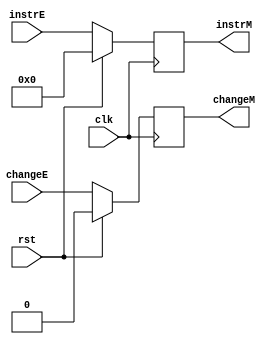
`timescale 1ns / 1ps
//////////////////////////////////////////////////////////////////////////////////
// Company: 
// Engineer: 
// 
// Design Name: 
// Module Name:    mcM 
// Project Name: 
// Target Devices: 
// Tool versions: 
// Description: 
//
// Dependencies: 
//
// Revision: 
// Revision 0.01 - File Created
// Additional Comments: 
//
//////////////////////////////////////////////////////////////////////////////////
module mcM(
    input [31:0] instrE,
	 input changeE,
    input clk,
	 input rst,
    output [31:0] instrM,
	 output changeM
    );
	 
	 reg[31:0] instr = 0;
	 reg change = 0;
	 
	 assign instrM = instr;
	 assign changeM = change;
	 
	 always@(posedge clk)begin
		if(rst==1)begin
			instr<=0;
			change <= 0;
		end
		else begin
			instr<=instrE;
			change<= changeE;
		end
	 end

endmodule